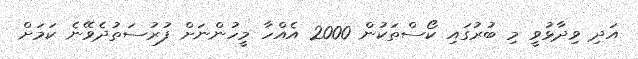
އަދި ވިދާޅުވީ މި ބުރުގައި ކޯސްތަކުން 2000 އެއްހާ މީހުންނަށް ފުރުސަތުދެވޭނެ ކަމަށް